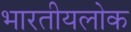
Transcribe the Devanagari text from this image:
भारतीयलोक